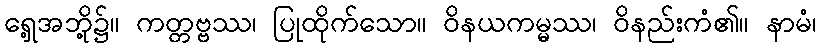
ရှေ့အဘို့၌။ ကတ္တဗ္ဗဿ၊ ပြုထိုက်သော။ ဝိနယကမ္မဿ၊ ဝိနည်းကံ၏။ နာမံ၊